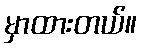
မှာထားတယ်။